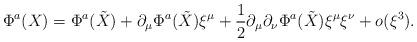
LaTeX: \begin{align*}\Phi^a(X)=\Phi^a(\tilde {X})+\partial_\mu\Phi^a(\tilde{X})\xi^\mu+\frac{1}{2}\partial_\mu\partial_\nu\Phi^a(\tilde{X})\xi^\mu\xi^\nu+o(\xi^3).\end{align*}